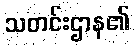
သတင်းဌာန၏